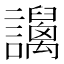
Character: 𧮏